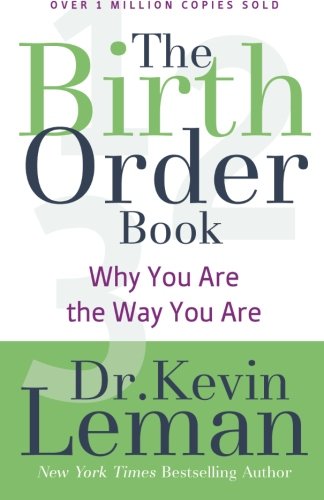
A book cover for The Birth Order Book: Why You Are the Way You Are; Dr. Kevin Leman; Parenting & Relationships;